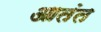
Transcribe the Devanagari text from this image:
आतंत